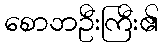
စောဘဦးကြီး၏